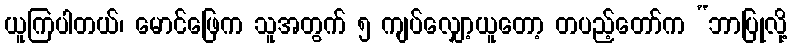
ယူကြပါတယ်၊ မောင်ဖြေက သူအတွက် ၅ ကျပ်လျှော့ယူတော့ တပည့်တော်က “ဘာပြုလို့